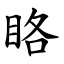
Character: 䀩